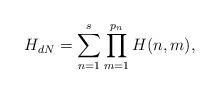
LaTeX: \begin{align*}H_{dN} = \sum_{n=1}^s \prod_{m=1}^{p_n} H(n,m),\end{align*}